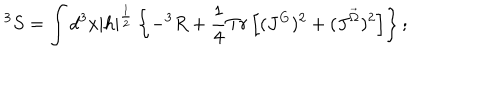
^ 3 S = \int d ^ { 3 } x { \mid h \mid } ^ { \frac { 1 } { 2 } } \left\{ - ^ { 3 } R + \frac { 1 } { 4 } T r \left[ ( J ^ { G } ) ^ { 2 } + ( J ^ { \vec { \Omega } } ) ^ { 2 } \right] \right\} ;